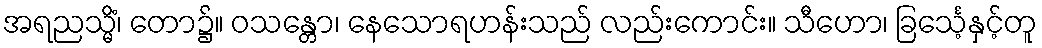
အရညသ္မိံ၊ တော၌။ ဝသန္တော၊ နေသောရဟန်းသည် လည်းကောင်း။ သီဟော၊ ခြင်္သေ့နှင့်တူ